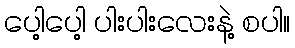
ပေါ့ပေါ့ ပါးပါးလေးနဲ့ စပါ။